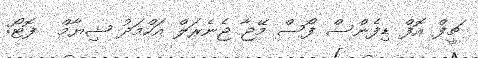
ޗީފް އޮފް ޑިފެންސް ފޯސް މޭޖާ ޖެނެރަލް އަހްމަދު ޝިޔާމް  ފޮޓޯ: